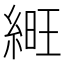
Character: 𦁽